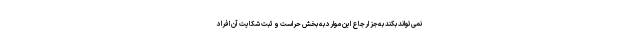
نمی‌تواند بکند به‌جز ارجاع این موارد به بخش حراست و ثبت شکایت آن افراد